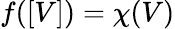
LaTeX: f([V])=\chi(V)